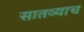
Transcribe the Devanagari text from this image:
सातव्याच